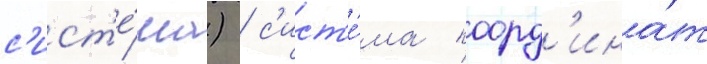
с'ист'е́ма) / с'ист'е́ма коорд'ина́т